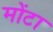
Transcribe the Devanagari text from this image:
मोंटा